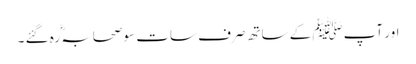
اور آپﷺ کے ساتھ صرف سات سو صحابہؓ رہ گئے ۔